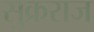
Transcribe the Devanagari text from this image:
सुक्रराज